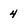
Character: 4